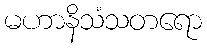
မဟာနိသံသတရော